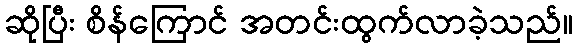
ဆိုပြီး စိန်ကြောင် အတင်းထွက်လာခဲ့သည်။